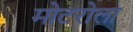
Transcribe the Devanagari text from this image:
मोटरोला